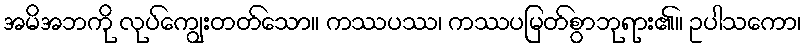
အမိအဘကို လုပ်ကျွေးတတ်သော။ ကဿပဿ၊ ကဿပမြတ်စွာဘုရား၏။ ဥပါသကော၊